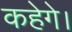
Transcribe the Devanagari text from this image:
कहेगे।